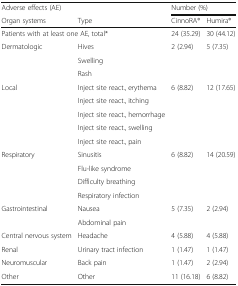
<table><thead><tr><td><b>Adverse effects (AE)</b></td><td></td><td colspan="2"><b>Number (%)</b></td></tr><tr><td><b>Organ systems</b></td><td><b>Type</b></td><td><b>CinnoRA®</b></td><td><b>Humira®</b></td></tr></thead><tbody><tr><td colspan="2">Patients with at least one AE, total*</td><td>24 (35.29)</td><td>30 (44.12)</td></tr><tr><td rowspan="3">Dermatologic</td><td>Hives</td><td rowspan="3">2 (2.94)</td><td rowspan="3">5 (7.35)</td></tr><tr><td>Swelling</td></tr><tr><td>Rash</td></tr><tr><td rowspan="5">Local</td><td>Inject site react., erythema</td><td rowspan="5">6 (8.82)</td><td rowspan="5">12 (17.65)</td></tr><tr><td>Inject site react., itching</td></tr><tr><td>Inject site react., hemorrhage</td></tr><tr><td>Inject site react., swelling</td></tr><tr><td>Inject site react., pain</td></tr><tr><td rowspan="4">Respiratory</td><td>Sinusitis</td><td rowspan="4">6 (8.82)</td><td rowspan="4">14 (20.59)</td></tr><tr><td>Flu-like syndrome</td></tr><tr><td>Difficulty breathing</td></tr><tr><td>Respiratory infection</td></tr><tr><td rowspan="2">Gastrointestinal</td><td>Nausea</td><td rowspan="2">5 (7.35)</td><td rowspan="2">2 (2.94)</td></tr><tr><td>Abdominal pain</td></tr><tr><td>Central nervous system</td><td>Headache</td><td>4 (5.88)</td><td>4 (5.88)</td></tr><tr><td>Renal</td><td>Urinary tract infection</td><td>1 (1.47)</td><td>1 (1.47)</td></tr><tr><td>Neuromuscular</td><td>Back pain</td><td>1 (1.47)</td><td>2 (2.94)</td></tr><tr><td>Other</td><td>Other</td><td>11 (16.18)</td><td>6 (8.82)</td></tr></tbody></table>